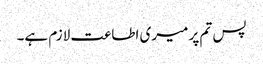
پس تم پر میری اطاعت لازم ہے۔